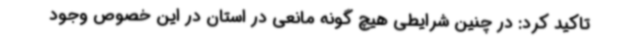
تاکید کرد: در چنین شرایطی هیچ گونه مانعی در استان در این خصوص وجود